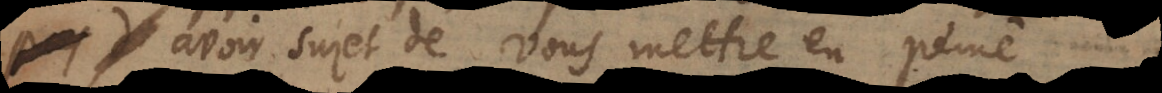
avoir sujet de vous mettre en peine